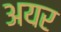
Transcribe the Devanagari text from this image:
अयर